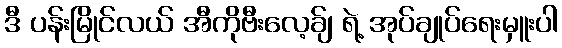
ဒီ ပန်းမြိုင်လယ် အီကိုဗီးလေ့ခ်ျ ရဲ့ အုပ်ချုပ်ရေးမှူးပါ